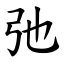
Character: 弛